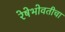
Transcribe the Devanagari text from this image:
रेषेभोवतीचा